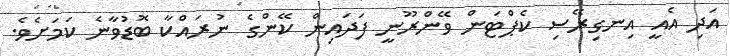
އަދި އެއީ އިނގިރޭސި ކެޕްޓަން ވޭންރޫނީ ފަދައިން ކޭންގެ ނުރައްކާ ބޮޑުވާނެ ކަމަށެވެ.